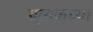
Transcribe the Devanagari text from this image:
ग्रूसाकच्या